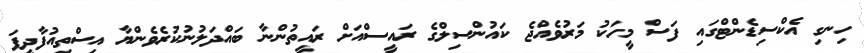
ހިނގި އެކްސިޑެންޓްގައި ފަސް މީހަކު މަރުވެއްޖެ ކައުންސިލްގެ ރައީސްއަށް ރައީތުންނާ ބައްދަލުނުކުރެވެންޔާ އިސްތިއުފާދީފަ